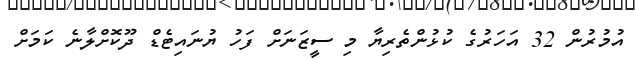
އުމުރުން 32 އަހަރުގެ ކުޅުންތެރިޔާ މި ސީޒަނަށް ފަހު ޔުނައިޓެޑް ދޫކޮށްލާނެ ކަމަށް